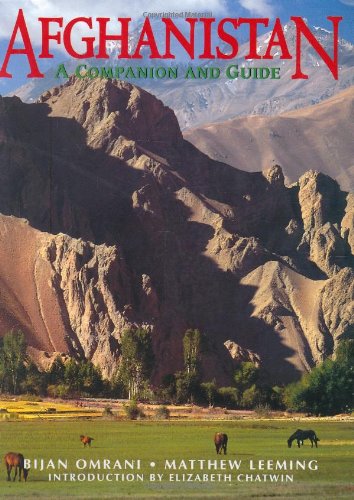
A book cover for Afghanistan: A Companion and Guide; Bijan Omrani; Travel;